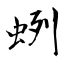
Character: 蛚